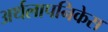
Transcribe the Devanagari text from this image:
अर्थलापनिकेस